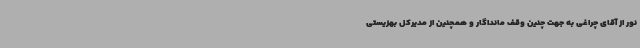
نور از آقای چراغی به جهت چنین وقف مانداگار و همچنین از مدیرکل بهزیستی